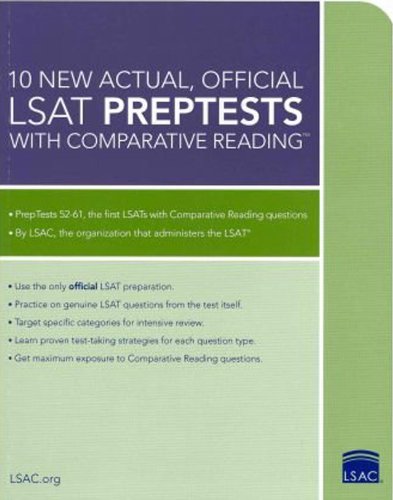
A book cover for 10 New Actual, Official LSAT PrepTests with Comparative Reading: (PrepTests 52-61) (Lsat Series); Law School Admission Council; Test Preparation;